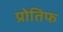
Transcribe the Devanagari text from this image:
प्रोतिफ